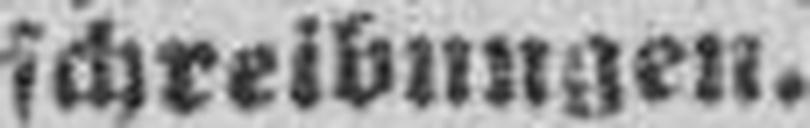
schreibungen.